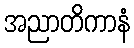
အညာတိကာနံ